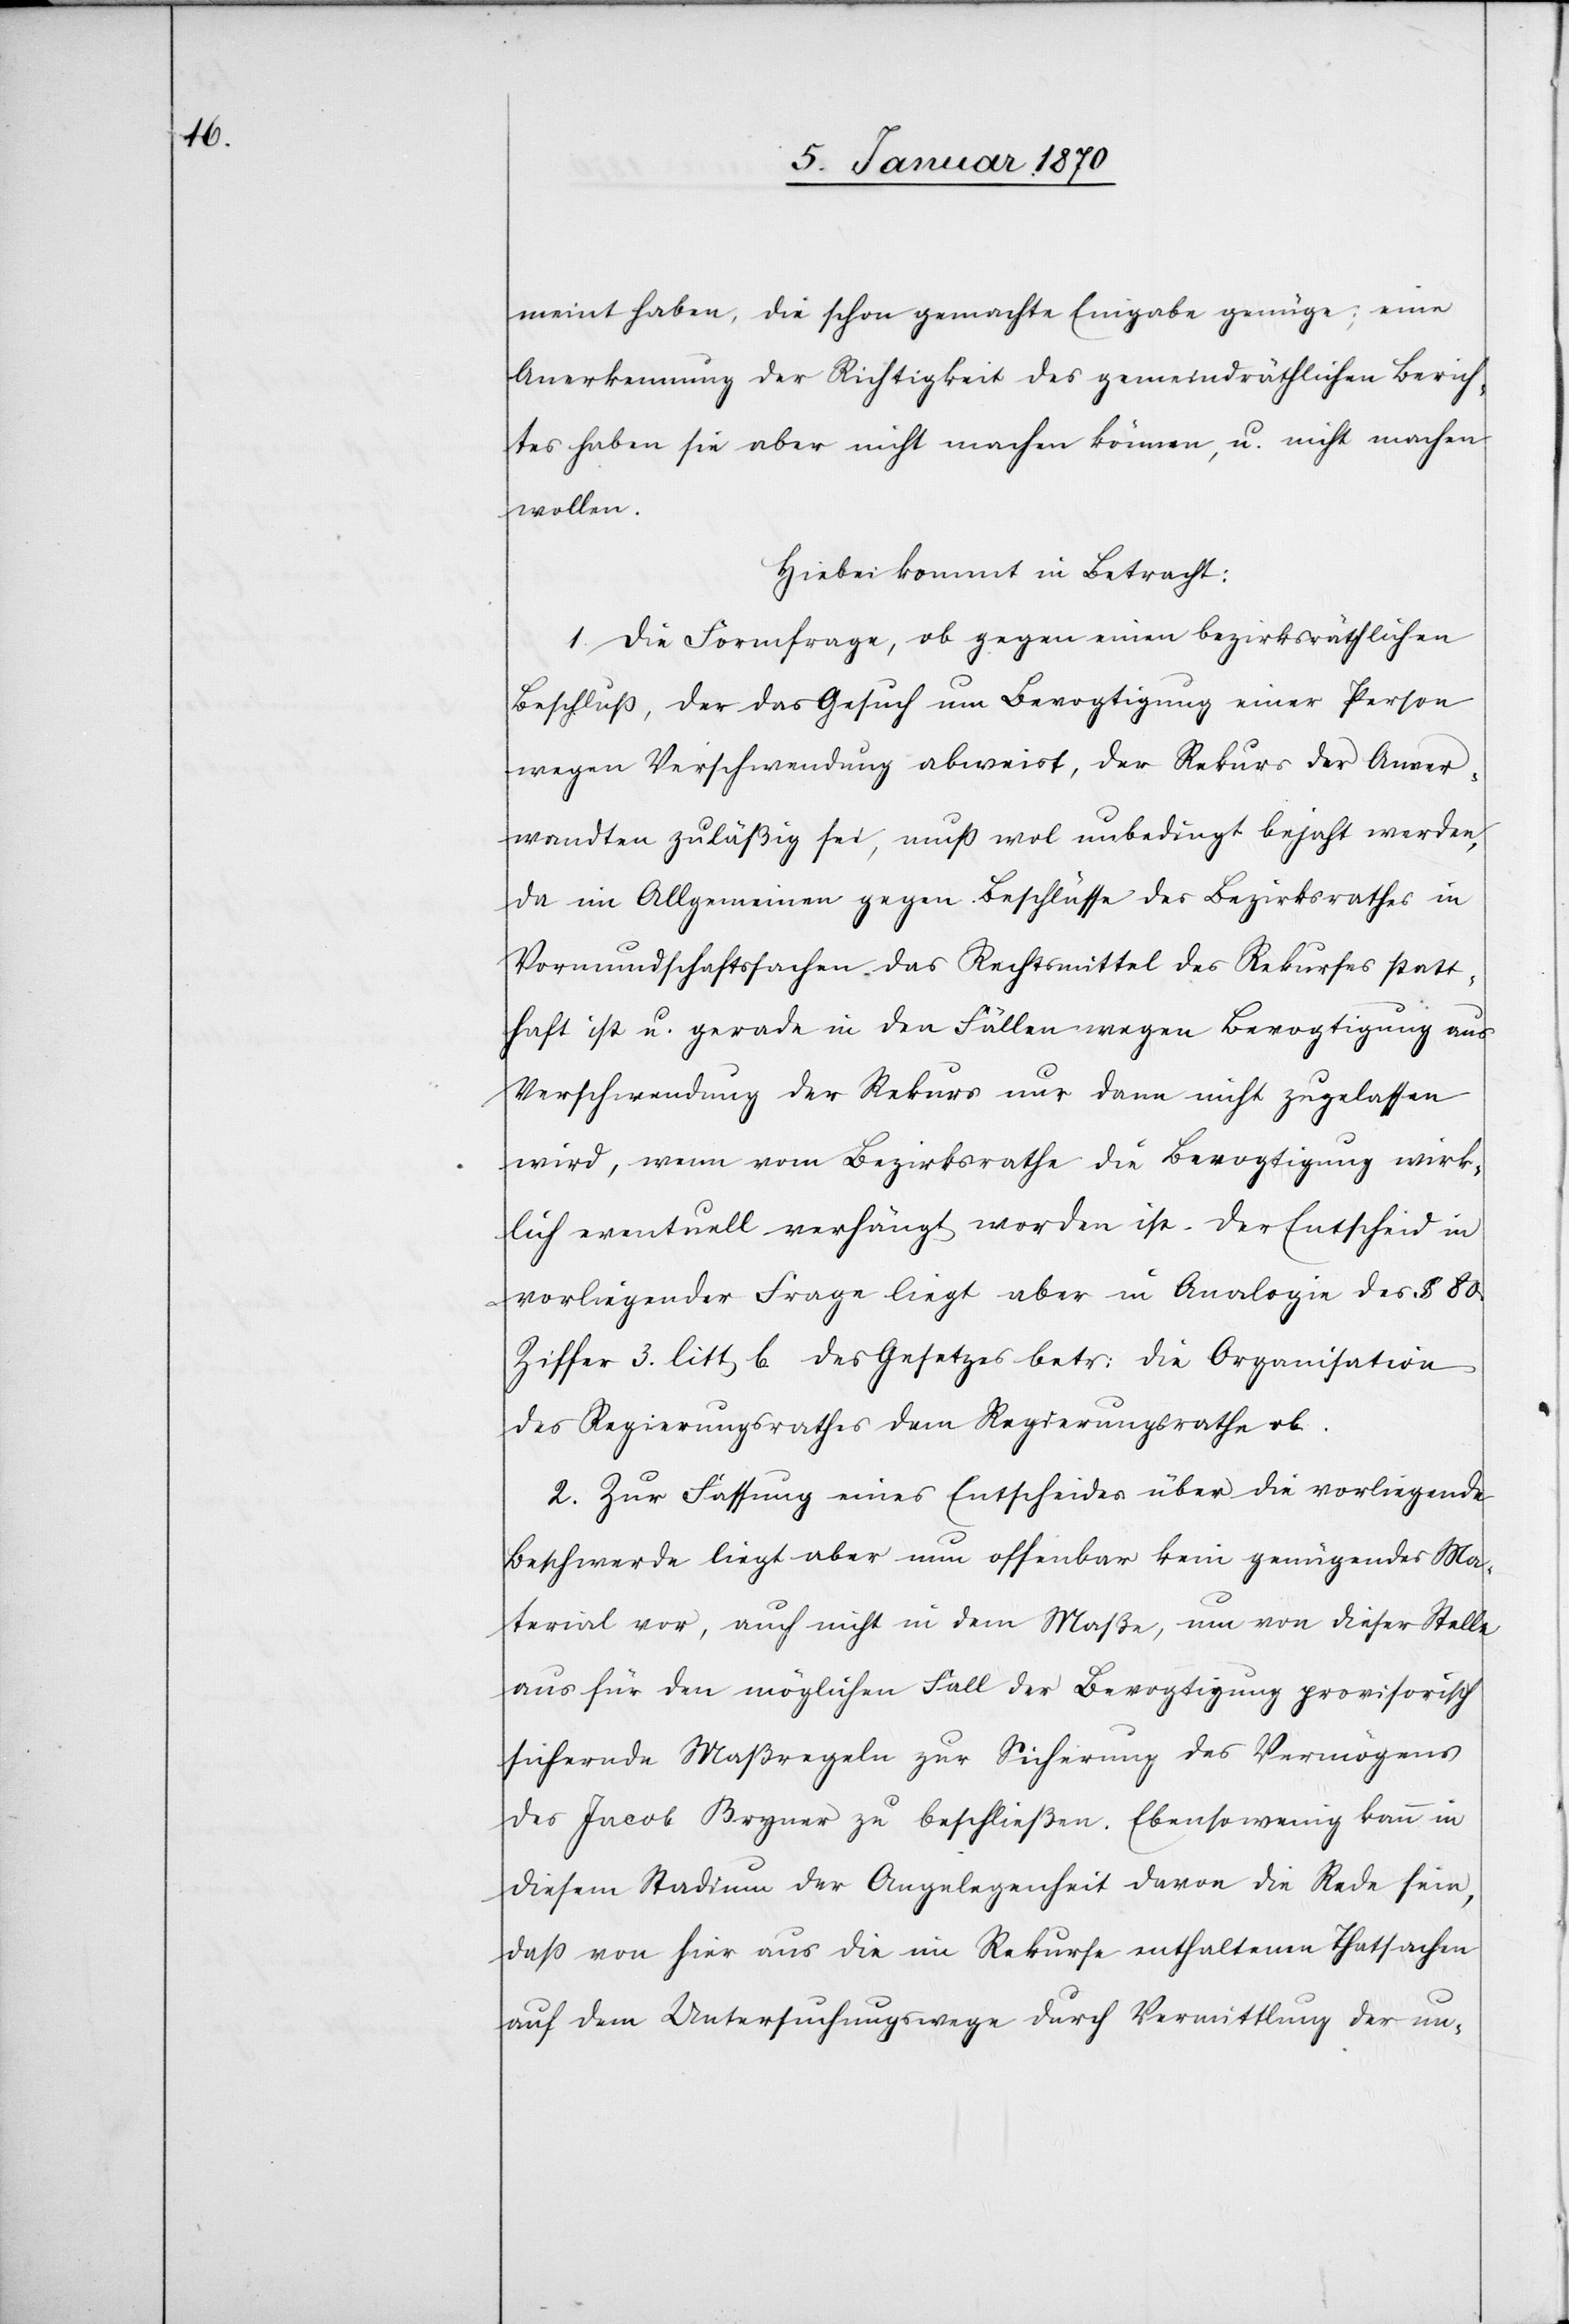
meint haben, die schon gemachte Eingabe genüge; eine
Anerkennung der Richtigkeit des gemeindräthlichen Berich¬
tes haben sie aber nicht machen können, u. nicht machen
wollen.
Hiebei kommt in Betracht:
1. Die Formfrage, ob gegen einen bezirksräthlichen
Beschluß, der das Gesuch um Bevogtigung einer Person
wegen Verschwendung abweist, der Rekurs der Anver¬
wandten zuläßig sei, muß wol unbedingt bejaht werden,
da im Allgemeinen gegen Beschlüsse des Bezirksrathes in
Vormundschaftssachen das Rechtsmittel des Rekurses statt¬
haft ist u. gerade in den Fällen wegen Bevogtigung aus
Verschwendung der Rekurs nur dann nicht zugelassen
wird, wenn vom Bezirksrathe die Bevogtigung wirk¬
lich eventuell verhängt worden ist. Der Entscheid in
vorliegender Frage liegt aber in Analogie des § 80.
Ziffer 3. litt. b des Gesetzes betr: die Organisation
des Regierungsrathes dem Regierungsrathe ob.
2. Zur Fassung eines Entscheides über die vorliegende
Beschwerde liegt aber nun offenbar kein genügendes Ma¬
terial vor, auch nicht in dem Maße, um von dieser Stelle
aus für den möglichen Fall der Bevogtigung provisorisch
sichernde Maßregeln zur Sicherung des Vermögens
des Jacob Bryner zu beschließen. Ebensowenig kann in
diesem Stadium der Angelegenheit davon die Rede sein,
daß von hier aus die im Rekurse enthaltenen Thatsachen
auf dem Untersuchungswege durch Vermittlung der un-